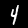
Digit: 4